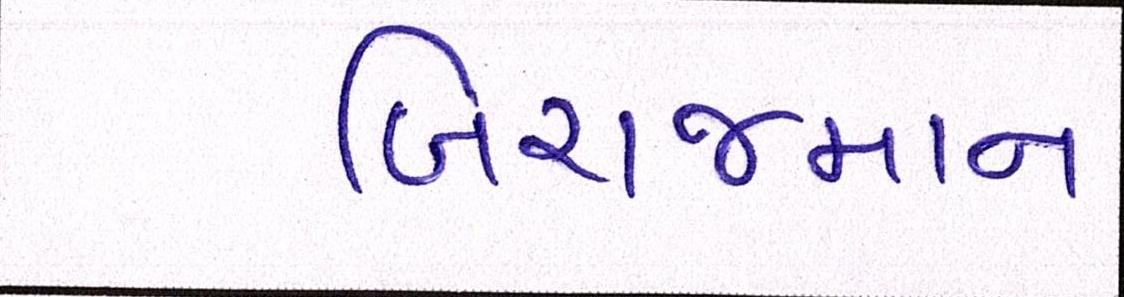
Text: બિરાજમાન